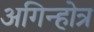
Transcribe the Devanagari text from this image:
अगिन्होत्र